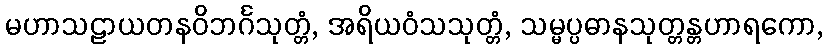
မဟာသဠာယတနဝိဘင်္ဂသုတ္တံ, အရိယဝံသသုတ္တံ, သမ္မပ္ပဓာနသုတ္တန္တဟာရကော,